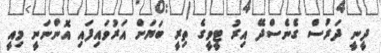
ދީނީ ދަރުސް ގެނެސްދޭ އިރު ޓީވީގެ ތިރީ ބަޔަށް އަރުވައިފައި އޮންނަނީ މިއީ